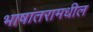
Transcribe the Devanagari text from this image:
भाषांतरामधील